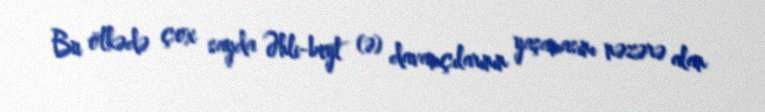
Bu ölkədə çox sayda Əhli-beyt (ə) davamçılarının yaşamasını nəzərə alan